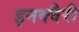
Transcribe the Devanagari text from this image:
इनक्वैरी